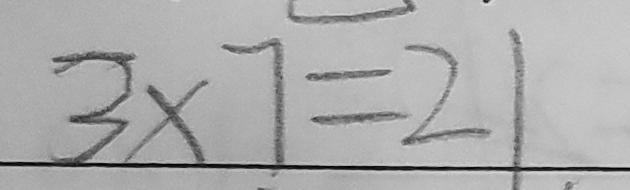
3 \times 7 = 2 1